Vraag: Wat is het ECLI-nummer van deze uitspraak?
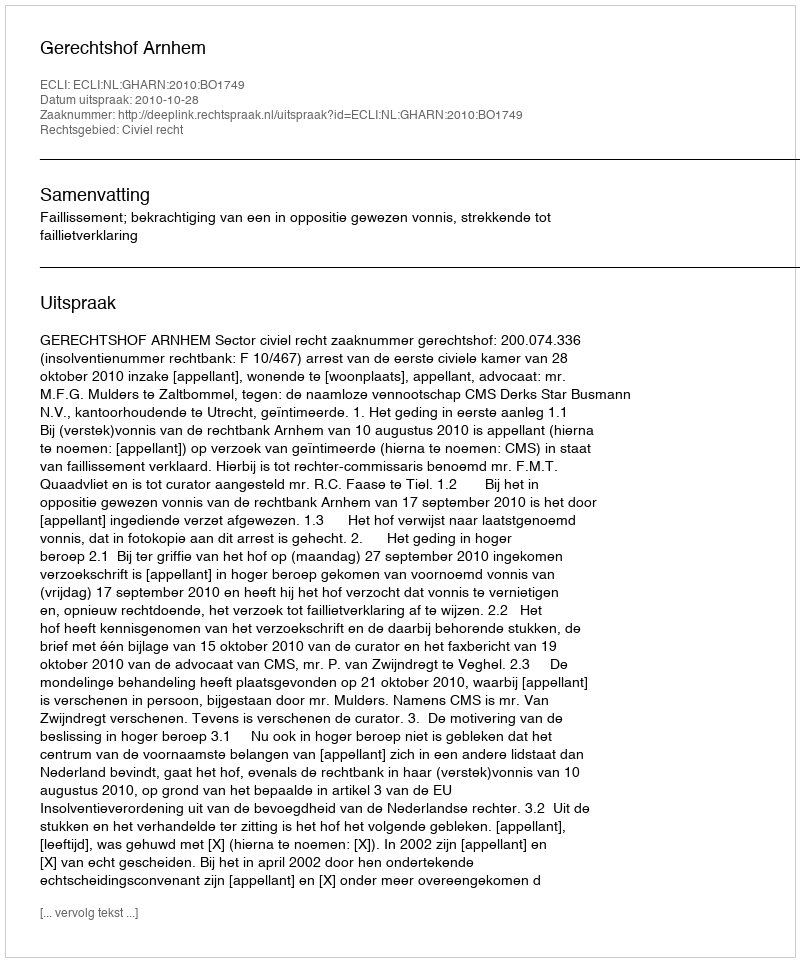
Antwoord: ECLI:NL:GHARN:2010:BO1749